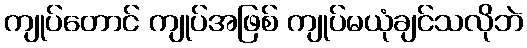
ကျုပ်တောင် ကျုပ်အဖြစ် ကျုပ်မယုံချင်သလိုဘဲ